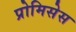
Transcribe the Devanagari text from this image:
प्रोमिसेस